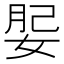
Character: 𡝑